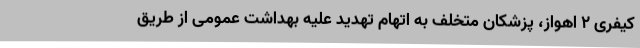
کیفری ۲ اهواز، پزشکان متخلف به اتهام تهدید علیه بهداشت عمومی از طریق